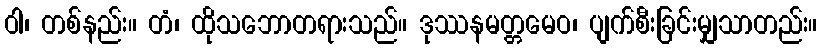
ဝါ၊ တစ်နည်း။ တံ၊ ထိုသဘောတရားသည်။ ဒုဿနမတ္တမေဝ၊ ပျက်စီးခြင်းမျှသာတည်း။